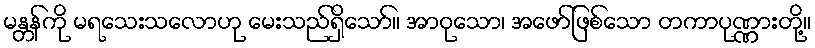
မန္တန်ကို မရသေးသလောဟု မေးသည်ရှိသော်။ အာဝုသော၊ အဖော်ဖြစ်သော တကာပုဏ္ဏားတို့။